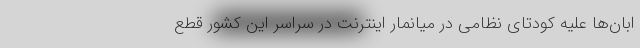
ابان‌ها علیه کودتای نظامی در میانمار اینترنت در سراسر این کشور قطع